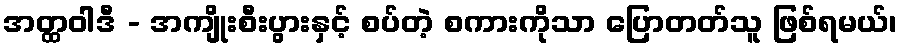
အတ္ထဝါဒီ - အကျိုးစီးပွားနှင့် စပ်တဲ့ စကားကိုသာ ပြောတတ်သူ ဖြစ်ရမယ်၊